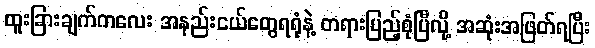
ထူးခြားချက်ကလေး အနည်းငယ်တွေရရုံနဲ့ တရားပြည့်စုံပြီလို့ အဆုံးအဖြတ်ရပြီး